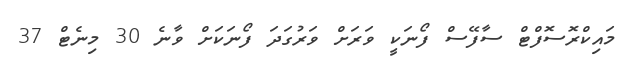
މައިކްރޮސޮފްޓް ސާފޭސް ފޯނަކީ ވަރަށް ވަރުގަދަ ފޯނަކަށް ވާނެ 30 މިނެޓް 37